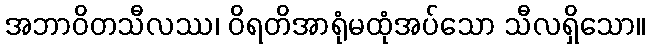
အဘာဝိတသီလဿ၊ ဝိရတိအာရုံမထုံအပ်သော သီလရှိသော။